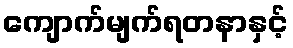
ကျောက်မျက်ရတနာနှင့်